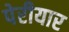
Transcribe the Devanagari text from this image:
पेरीयार